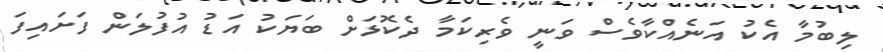
ލިބުމާ އެކު އަނެއްކާވެސް ވަނީ ވެރިކަމާ ދެކޮޅަށް ބަޔަކު އަޑު އުފުލަން ފަށައިފަ